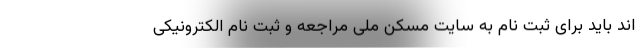
اند باید برای ثبت نام به سایت مسکن ملی مراجعه و ثبت نام الکترونیکی